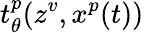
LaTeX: t_{\theta}^{p}(z^{v},x^{p}(t))